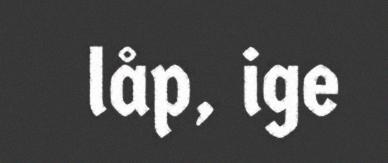
låp, ige